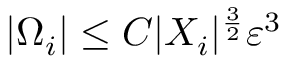
| \Omega _ { i } | \leq C | X _ { i } | ^ { \frac { 3 } { 2 } } \varepsilon ^ { 3 }